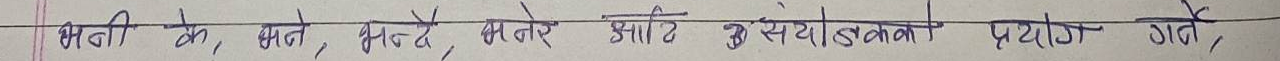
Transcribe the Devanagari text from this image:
भिनी के, भने, भन्दै, भनेर आदि उस्योदकों प्रयोग गर्न,